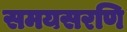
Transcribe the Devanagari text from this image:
समयसरणि